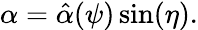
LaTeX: \begin{array}{r}{\alpha=\hat{\alpha}(\psi)\sin(\eta).}\end{array}